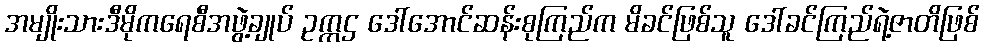
အမျိုးသားဒီမိုကရေစီအဖွဲ့ချုပ် ဥက္ကဌ ဒေါ်အောင်ဆန်းစုကြည်က မိခင်ဖြစ်သူ ဒေါ်ခင်ကြည်ရဲ့ဇာတိဖြစ်